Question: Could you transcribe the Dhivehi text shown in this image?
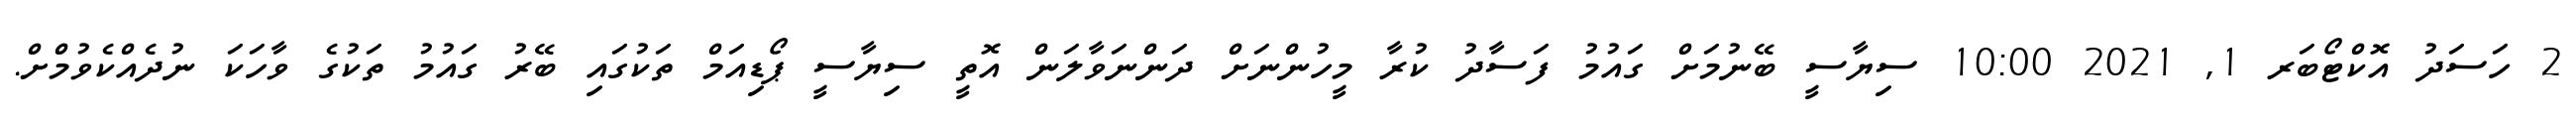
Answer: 2 ހަސަދު އޮކްޓޯބަރ 1, 2021 10:00 ސިޔާސީ ބޭނުމަށް ގައުމު ފަސާދު ކުރާ މީހުންނަށް ދަންނަވާލަން އޮތީ ސިޔާސީ ޕޯޑިއަމް ތަކުގައި ބޭރު ގައުމު ތަކުގެ ވާހަކަ ނުދެއްކެވުމްށް.